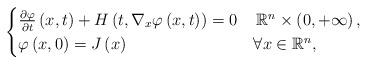
LaTeX: \begin{align*}\begin{cases}\frac{\partial\varphi}{\partial t}\left(x,t\right)+H\left(t,\nabla_{x}\varphi\left(x,t\right)\right)=0 & \,\mathbb{R}^{n}\times\left(0,+\infty\right),\\\varphi\left(x,0\right)=J\left(x\right) & \forall x\in\mathbb{R}^{n},\end{cases}\end{align*}